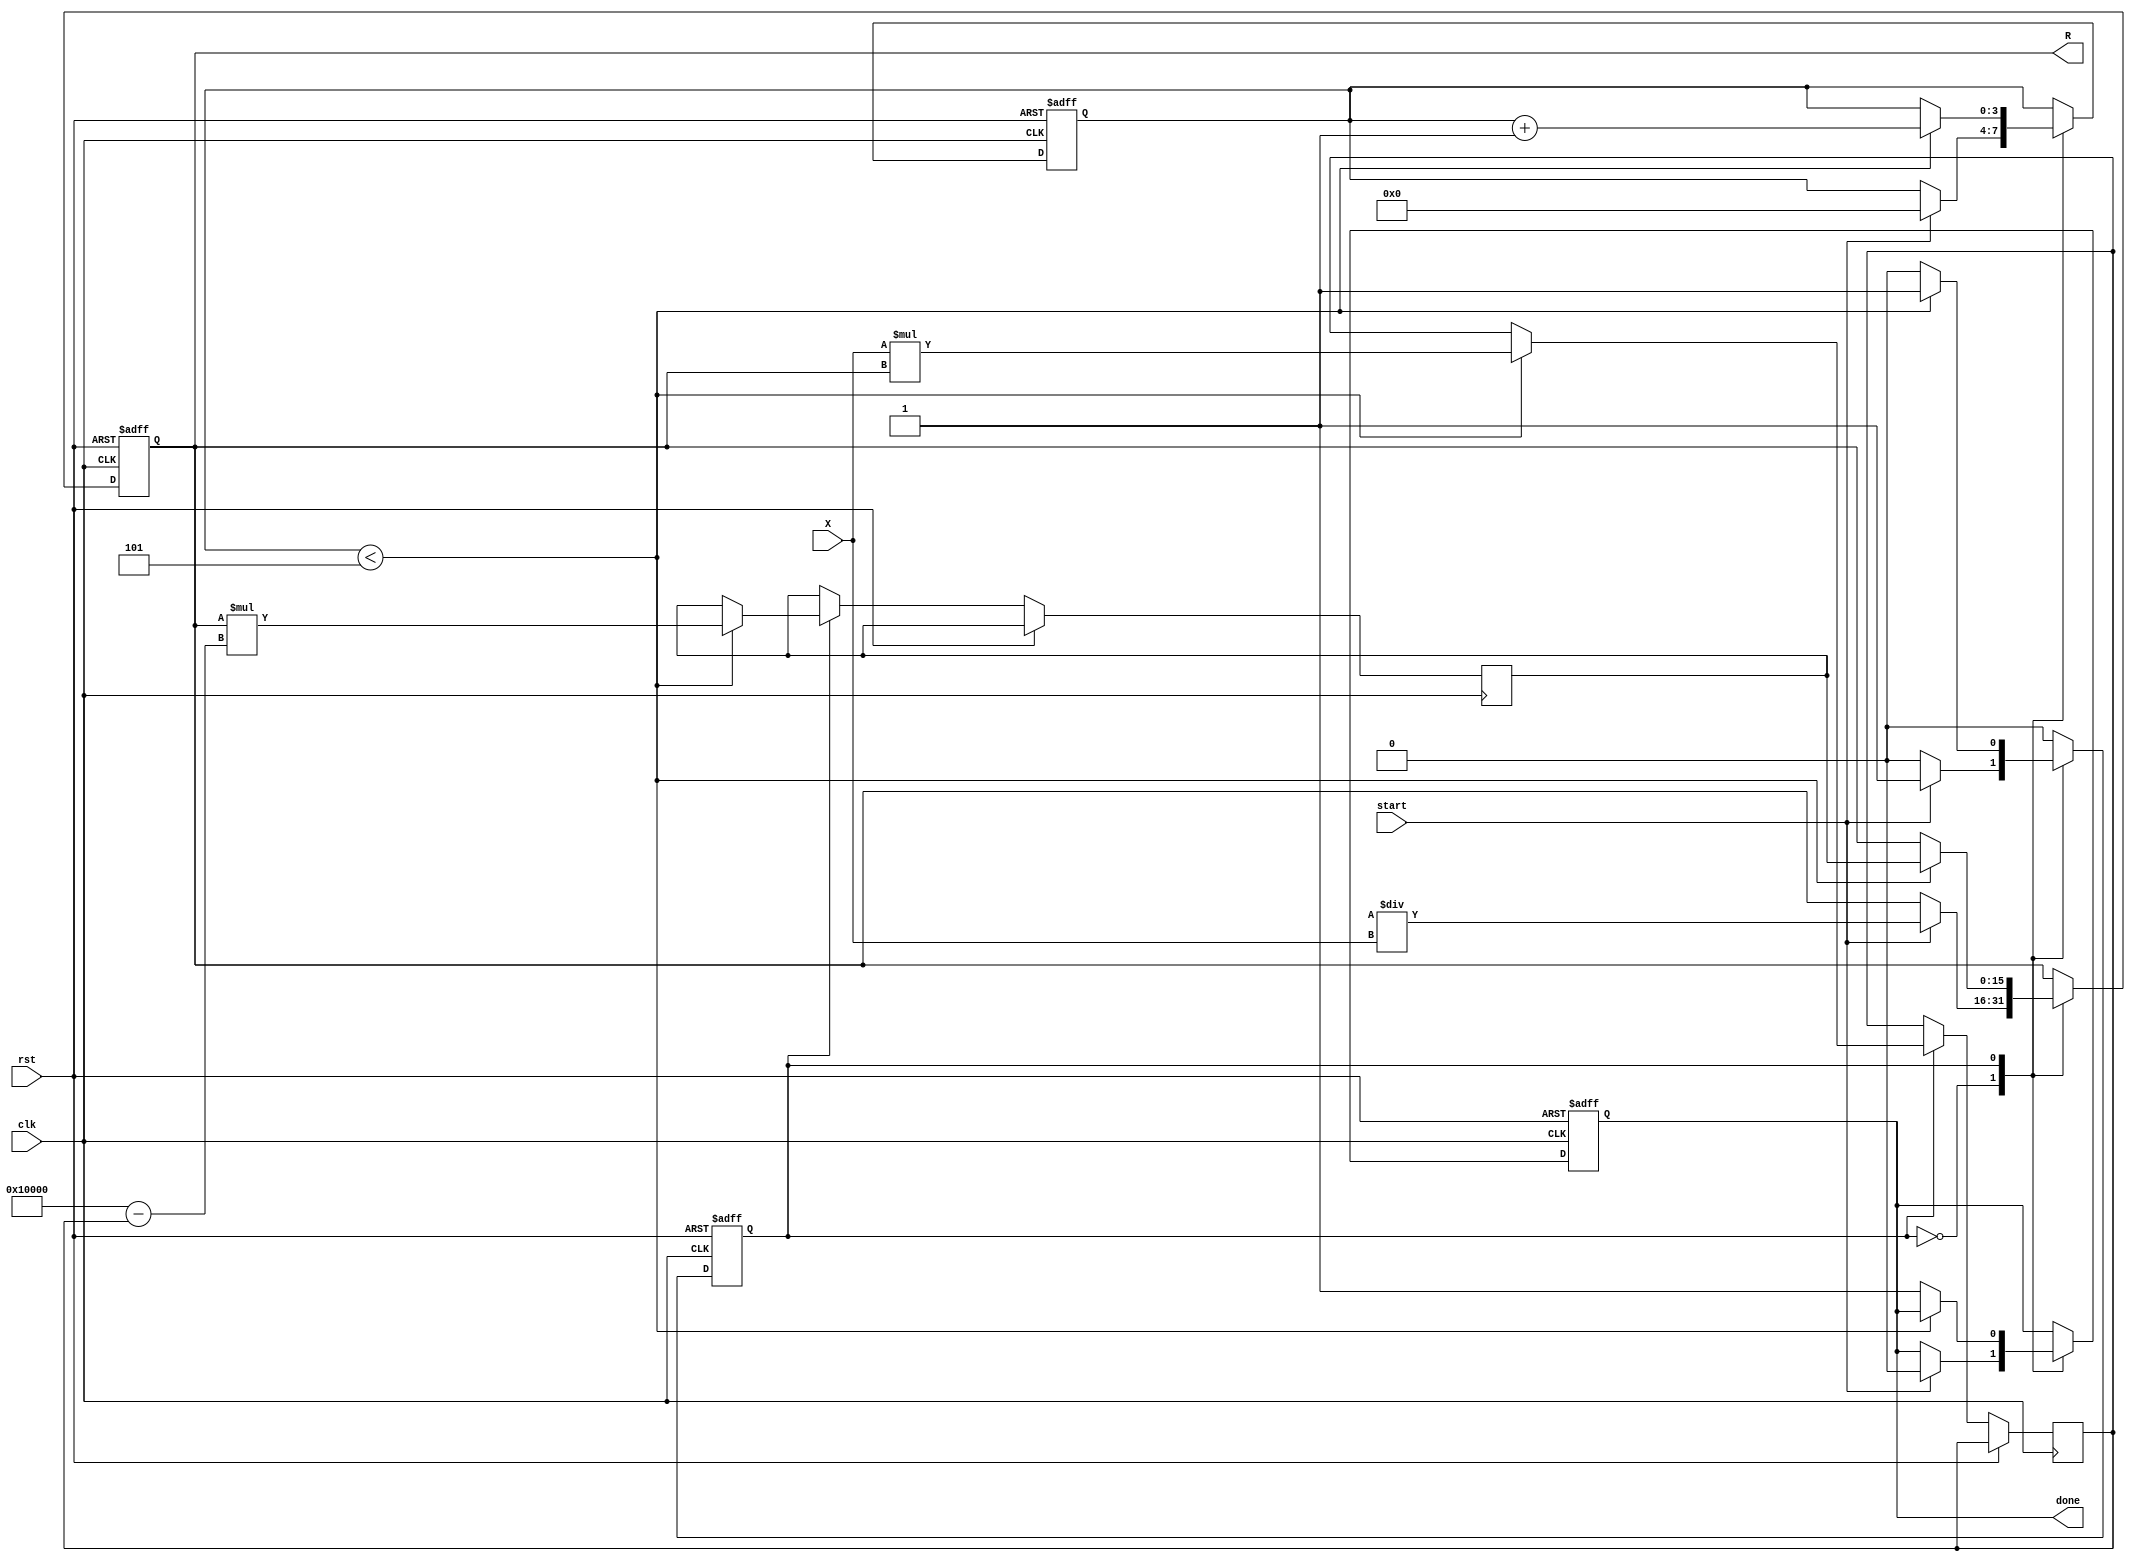
module newton_raphson_reciprocal #(
    parameter N = 16, // Input width
    parameter M = 16, // Output width
    parameter K = 5   // Number of iterations
)(
    input  wire [N-1:0] X,      // Input value
    input  wire start,           // Start signal
    input  wire clk,             // Clock signal
    input  wire rst,             // Reset signal
    output reg [M-1:0] R,        // Reciprocal output
    output reg done              // Done signal
);

    reg [M-1:0] R_next;          // Next value of R
    reg [N+M-1:0] product;       // Intermediate product
    reg [3:0] iteration_count;    // Iteration counter
    reg state;                   // State variable

    localparam IDLE = 1'b0;
    localparam CALCULATE = 1'b1;

    // Initial guess for R
    wire [M-1:0] R0 = {1'b0, {(M-N-1){1'b1}}, 1'b0} / X; // R0 = (2^M) / X

    always @(posedge clk or posedge rst) begin
        if (rst) begin
            R <= 0;
            done <= 0;
            iteration_count <= 0;
            state <= IDLE;
        end else begin
            case (state)
                IDLE: begin
                    if (start) begin
                        R <= R0; // Initialize R with the first guess
                        iteration_count <= 0;
                        done <= 0;
                        state <= CALCULATE;
                    end
                end
                CALCULATE: begin
                    if (iteration_count < K) begin
                        // Perform the Newton-Raphson iteration
                        product <= X * R; // Calculate X * R
                        R_next <= R * (2**M - product); // R = R * (2 - X * R)
                        R <= R_next; // Update R
                        iteration_count <= iteration_count + 1; // Increment iteration count
                    end else begin
                        done <= 1; // Mark done after K iterations
                        state <= IDLE; // Go back to IDLE state
                    end
                end
            endcase
        end
    end

endmodule